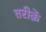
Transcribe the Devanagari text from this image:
तरीक़ें